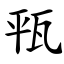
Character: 㼞